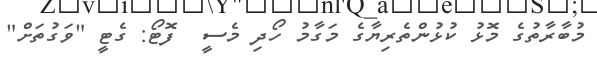
މުބާރާތުގެ މޮޅު ކުޅުންތެރިޔާގެ މަގާމު ހޯދި މެސީ  ފޮޓޯ: ގެޓީ "ވަގުތަށް"